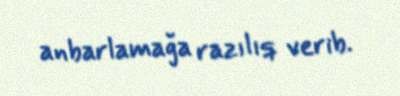
anbarlamağa razılıq verib.